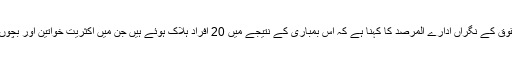
انسانی حقوق کے نگراں ادارے المرصد کا کہنا ہے کہ اس بمباری کے نتیجے میں 20 افراد ہلاک ہوئے ہیں جن میں اکثریت خواتین اور بچوں کی ہے۔